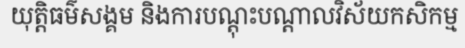
យុត្តិធម៌សង្គម និងការបណ្តុះបណ្តាលវិស័យកសិកម្ម